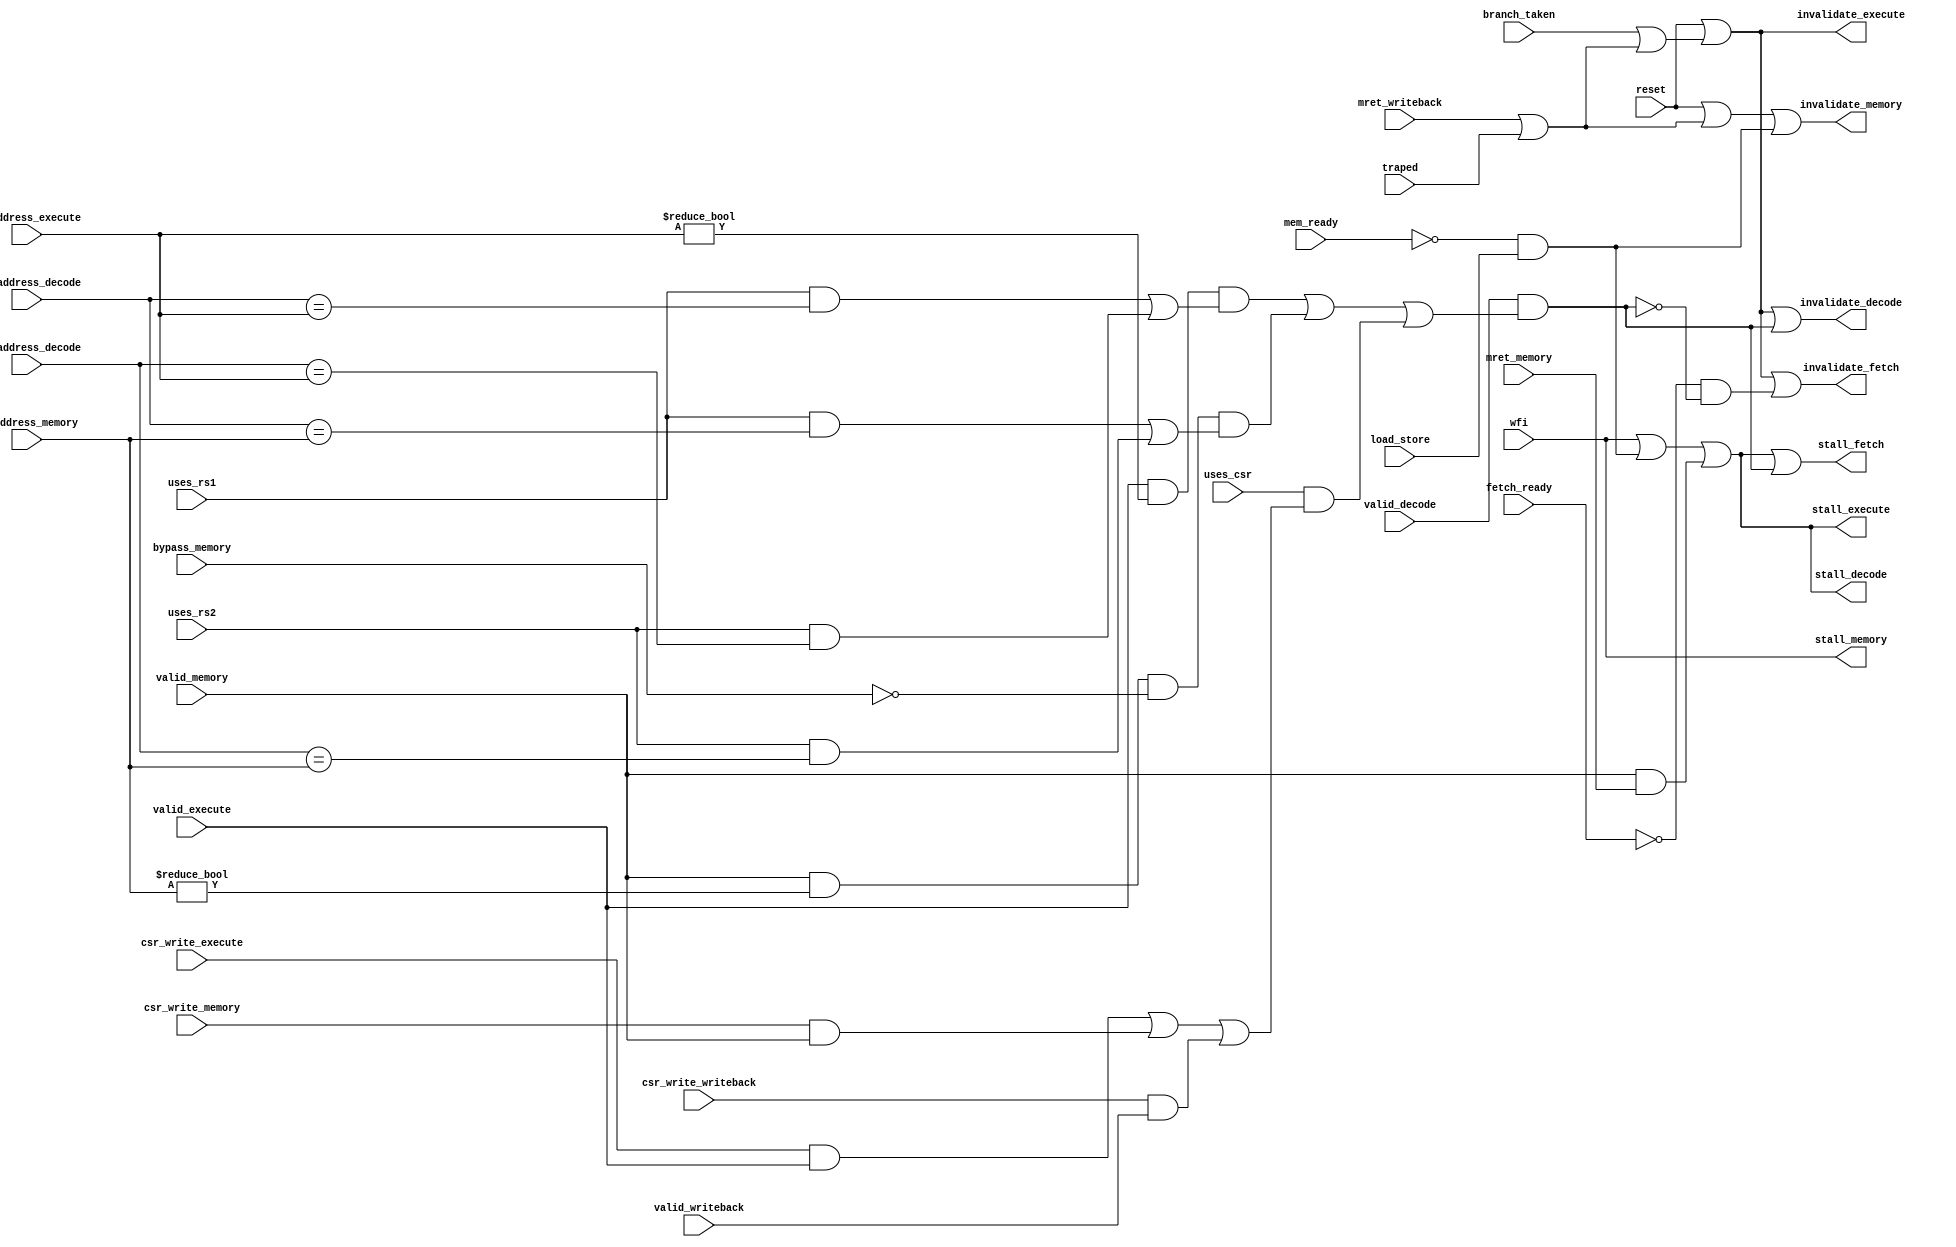
module hazard (
    `ifdef USE_POWER_PINS
    inout vccd1,	// User area 1 1.8V supply
    inout vssd1,	// User area 1 digital ground
    `endif
    input reset,

    // from decode
    input valid_decode,
    input [4:0] rs1_address_decode,
    input [4:0] rs2_address_decode,
    input uses_rs1,
    input uses_rs2,
    input uses_csr,

    // from execute
    input valid_execute,
    input [4:0] rd_address_execute,
    input csr_write_execute,
        
    // from memory
    input valid_memory,
    input [4:0] rd_address_memory,
    input csr_write_memory,
    input branch_taken,
    input mret_memory,
    input load_store,
    input bypass_memory,

    // from writeback
    input valid_writeback,
    input csr_write_writeback,
    input mret_writeback,
    input wfi,
    input traped,

    // from busio
    input fetch_ready,
    input mem_ready,

    // to fetch
    output stall_fetch,
    output invalidate_fetch,

    // to decode
    output stall_decode,
    output invalidate_decode,

    // to execute
    output stall_execute,
    output invalidate_execute,

    // to memory
    output stall_memory,
    output invalidate_memory
);

assign stall_fetch = stall_decode || data_hazard;
assign stall_decode = stall_execute;
assign stall_execute = stall_memory
    || (!mem_ready && load_store)
    || (valid_memory && mret_memory);
assign stall_memory = wfi;

wire trap_invalidate = mret_writeback || traped;
wire branch_invalidate = branch_taken || trap_invalidate;

wire data_hazard = valid_decode && (
    (valid_execute && rd_address_execute != 0 && (
        uses_rs1 && rs1_address_decode == rd_address_execute
        || uses_rs2 && rs2_address_decode == rd_address_execute
    ))
    || (valid_memory && rd_address_memory != 0 && !bypass_memory && (
        uses_rs1 && rs1_address_decode == rd_address_memory
        || uses_rs2 && rs2_address_decode == rd_address_memory
    ))
    || uses_csr && (
        csr_write_execute && valid_execute
        || csr_write_memory && valid_memory
        || csr_write_writeback && valid_writeback
    ));

assign invalidate_fetch = reset || branch_invalidate || (!fetch_ready && !data_hazard);
assign invalidate_decode = reset || branch_invalidate || data_hazard;
assign invalidate_execute = reset || branch_invalidate;
assign invalidate_memory = reset || trap_invalidate || (!mem_ready && load_store);

endmodule